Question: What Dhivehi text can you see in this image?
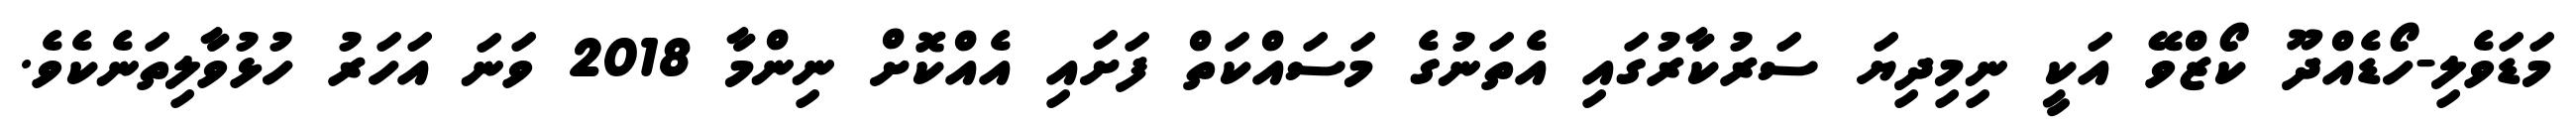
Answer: މަޑަވެލި-ހޯޑެއްދޫ ކޯޒްވޭ އަކީ ނިމިދިޔަ ސަރުކާރުގައި އެތަނުގެ މަސައްކަތް ފަށައި އެއްކޮށް ނިންމާ 2018 ވަނަ އަހަރު ހުޅުވާލިތަނެކެވެ.